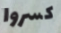
كسروا